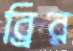
ব্রির